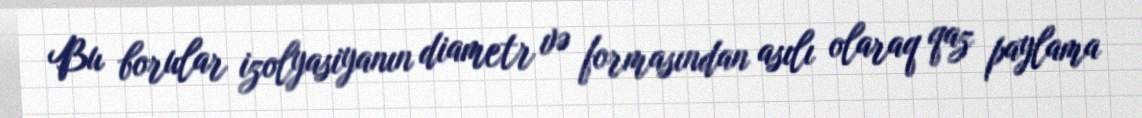
Bu borular izolyasiyanın diametr və formasından asılı olaraq qaz paylama